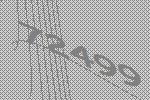
72499